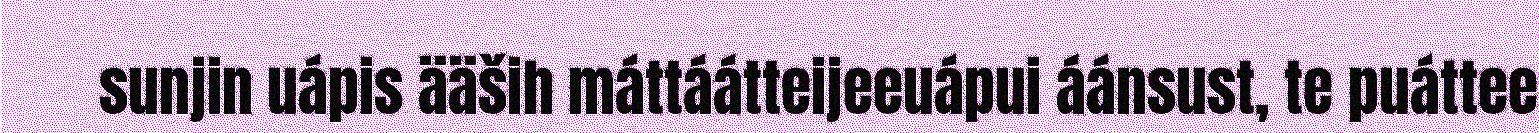
sunjin uápis ääših máttáátteijeeuápui áánsust, te puáttee